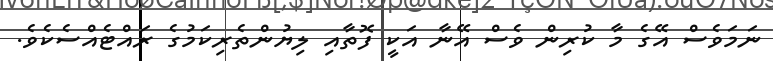
ނަމަވެސް އޭގެ މާ ކުރިން ވެސް އޭނާ އަކީ ފޮތާއި ލިޔުންތެރިކަމުގެ ރައްޓެއްސެކެވެ.